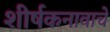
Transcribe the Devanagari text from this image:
शीर्षकनावाचे